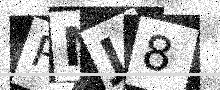
Text: PNJ8